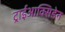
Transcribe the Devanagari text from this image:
ट्राईआक्सिडेन